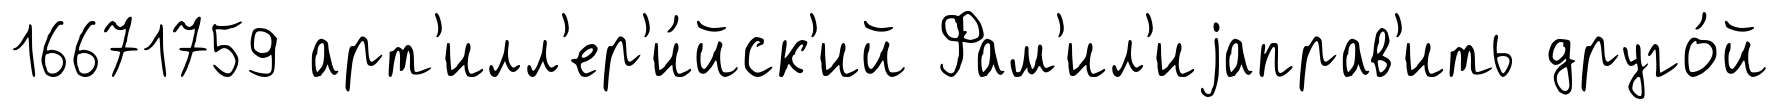
16671759 арт'илл'ер'и́йск'ий Фам'ил'иjаправ'ить друго́й